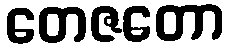
တေဇတော